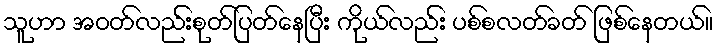
သူဟာ အဝတ်လည်းစုတ်ပြတ်နေပြီး ကိုယ်လည်း ပစ်စလတ်ခတ် ဖြစ်နေတယ်။